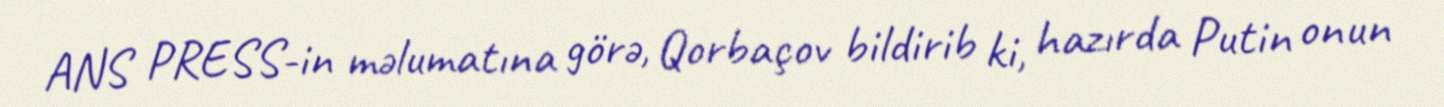
ANS PRESS-in məlumatına görə, Qorbaçov bildirib ki, hazırda Putin onun